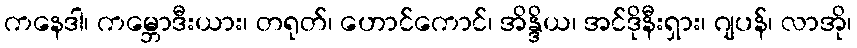
ကနေဒါ၊ ကမ္ဘောဒီးယား၊ တရုတ်၊ ဟောင်ကောင်၊ အိန္ဒိယ၊ အင်ဒိုနီးရှား၊ ဂျပန်၊ လာအို၊